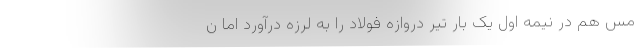
مس هم در نیمه اول یک بار تیر دروازه فولاد را به لرزه درآورد اما ن